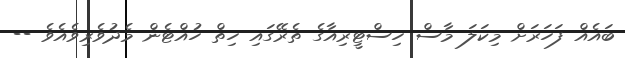
ބައެއް ފަހަރަށް މިކަލަ މާސް ހިސްޓީރިއާގެ ތެރޭގައި ހިތް ހުއްޓެން މެދުވެރިވެއެވެ --